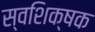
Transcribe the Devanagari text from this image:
स्वशिक्षक